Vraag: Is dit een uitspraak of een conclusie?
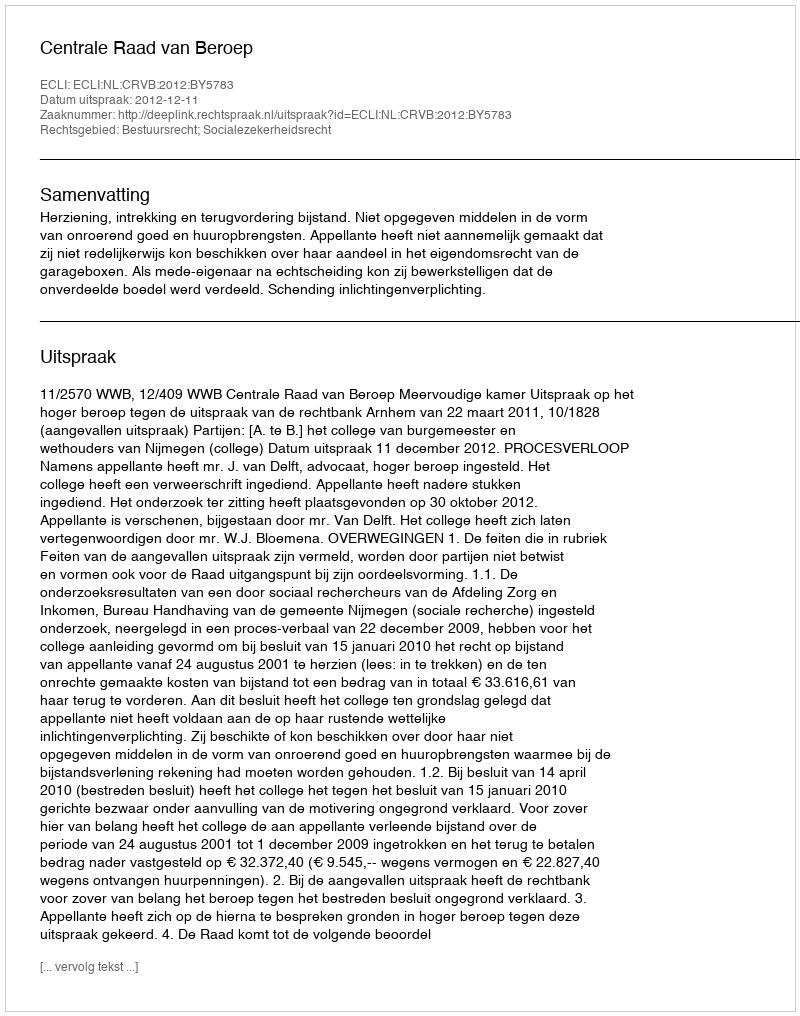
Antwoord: Uitspraak